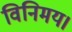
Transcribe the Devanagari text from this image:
विनिमय।